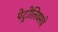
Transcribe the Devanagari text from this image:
पेट्रोलियमचे